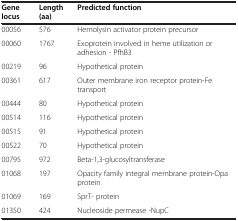
| Gene locus | Length (aa) | Predicted function |
 | --- | --- | --- |
 | 00056 | 576 | Hemolysin activator protein precursor |
 | 00060 | 1767 | Exoprotein involved in heme utilization or adhesion - PfhB3 |
 | 00219 | 96 | Hypothetical protein |
 | 00361 | 617 | Outer membrane iron receptor protein-Fe transport |
 | 00444 | 80 | Hypothetical protein |
 | 00514 | 116 | Hypothetical protein |
 | 00515 | 91 | Hypothetical protein |
 | 00522 | 70 | Hypothetical protein |
 | 00795 | 972 | Beta-1,3-glucosyltransferase |
 | 01068 | 197 | Opacity family integral membrane protein-Opa protein |
 | 01069 | 169 | SprT- protein |
 | 01350 | 424 | Nucleoside permease -NupC |